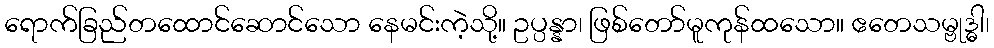
ရောက်ခြည်တထောင်ဆောင်သော နေမင်းကဲ့သို့။ ဥပ္ပန္နာ၊ ဖြစ်တော်မူကုန်ထသော။ ဧတေသမ္ဗုဒ္ဓါ၊